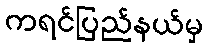
ကရင်ပြည်နယ်မှ